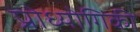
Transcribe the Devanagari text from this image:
प्रोध्योगिकी